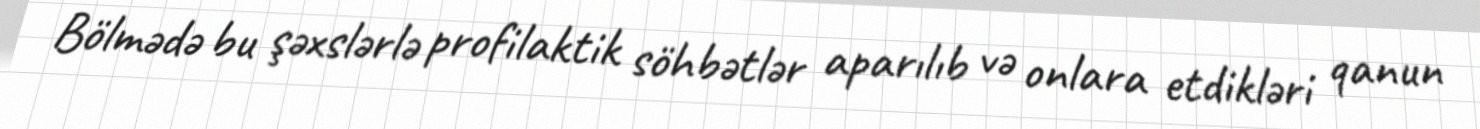
Bölmədə bu şəxslərlə profilaktik söhbətlər aparılıb və onlara etdikləri qanun